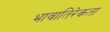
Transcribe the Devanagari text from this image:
भावातिरेकता